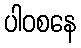
ပါဝစနေ